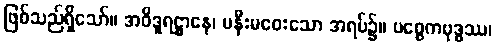
ဖြစ်သည်ရှိသော်။ အဝိဒူရဋ္ဌာနေ၊ မနီးမဝေးသော အရပ်၌။ ပစ္စေကဗုဒ္ဓဿ၊